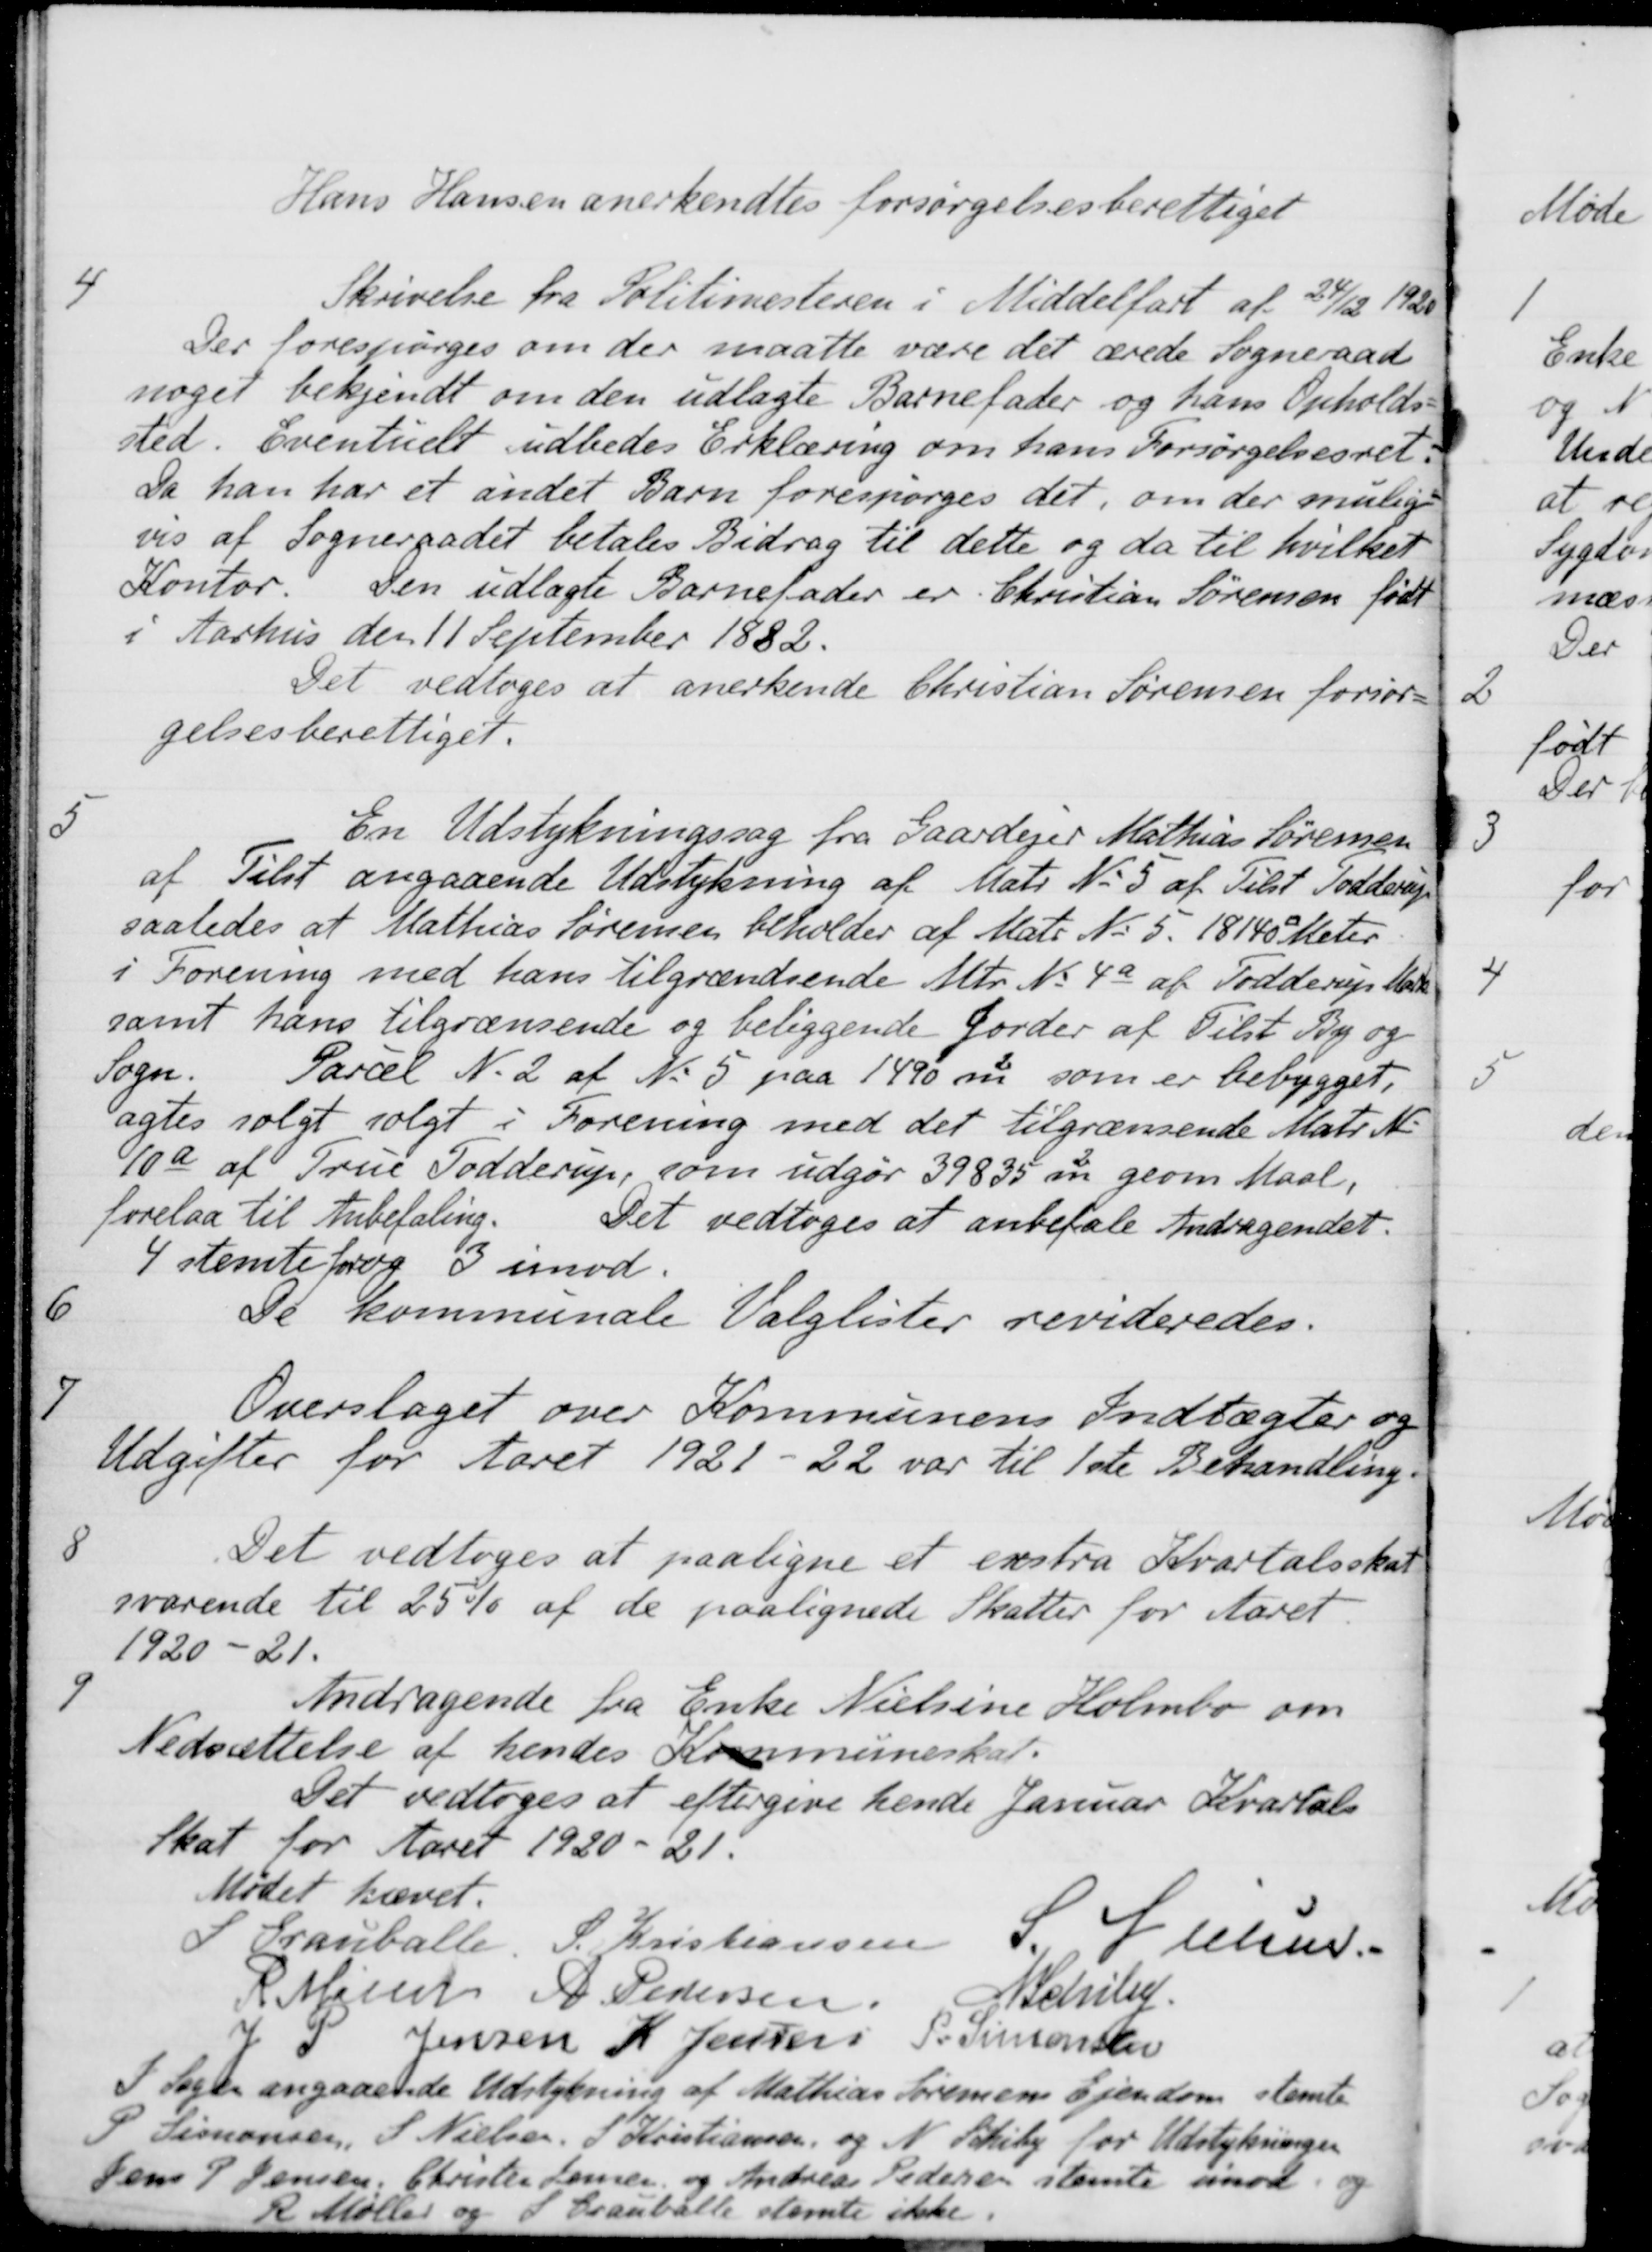
Transskription:
Hans Hansen anerkendtes forsørgelsesberettiget
4
Skrivelse fra Politimesteren i Middelfart af 24/12 1920
Der forespørges om der maatte være det ærede Sogneraad
noget bekjendt om den udlagte Barnefader og hans Opholds-
sted. Eventuelt udbedes Erklæring om hans Forsørgelsesret.
Da han har et andet Barn forespørges det, om der mulig-
vis af Sogneraadet betales Bidrag til dette og da til hvilket
Kontor.
Den udlagte Barnefader er Christian Sørensen født
i Aarhus den 11 September 1882.
Det vedtoges at anerkende Christian Sørensen forsør-
gelsesberettiget.
5
En Udstykningssag fra Gaardejer Mathias Sørensen
af Tilst angaaende Udstykning af Matr. No 5 af Tilst Todderup
saaledes at Mathias Sørensen beholder af Matr No 5. 18140 Kv Meter
i Forening med hans tilgrændsende Mtr. No 4a af Todderup Mark
samt hans tilgrænsende og beliggende Jorder af Tilst By og
Sogn.
Parcel N. 2 af No 5 paa 1490 m2 som er bebygget.
agtes solgt solgt i Forening med det tilgrænsende Matr. M.
10a af True Todderup, som udgør 39835 m2 geom Maal,
forelaa til Anbefaling.
Det vedtoges at anbefale Andragendet.
4 stemte for og 3 imod.
6
De kommunale Valglister revideredes.
7
Overslaget over Kommunens Indtægter og
Udgifter for Aaret 1921-22 var til 1ste Behandling.
8
Det vedtoges at paaligne et exstra Kvartalsskat
svarende til 25 % af de paalignede Skatter for Aaret.
1920-21.
9
Andragende fra Enke Nielsine Holmbo om
Nedsættelse af hendes Kommuneskat.
Det vedtoges at eftergive hende Januar Kvartals
Skat for Aaret 1920 -21.
Mødet hævet.
S Grauballe,
S. Kristiansen
S Nielsen
R Møller
A. Pedersen
N Schiby
J P Jensen
K. Jensen
P. Simonsen
I Sagen angaaende Udstykning af Mathias Sørensens Ejendom stemte
P Simonsen, S. Nielsen, S. Kristiansen, og N. Schiby for Udstykningen
Jens P. Jensen, Christen Larsen og Andreas Pedersen stemte imod og
R Møller og S. Grauballe stemte ikke.